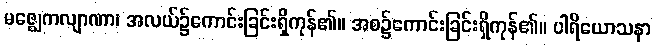
မဇ္ဈေကလျာဏာ၊ အလယ်၌ကောင်းခြင်းရှိကုန်၏။ အစ၌ကောင်းခြင်းရှိကုန်၏။ ပါရိယောသနာ